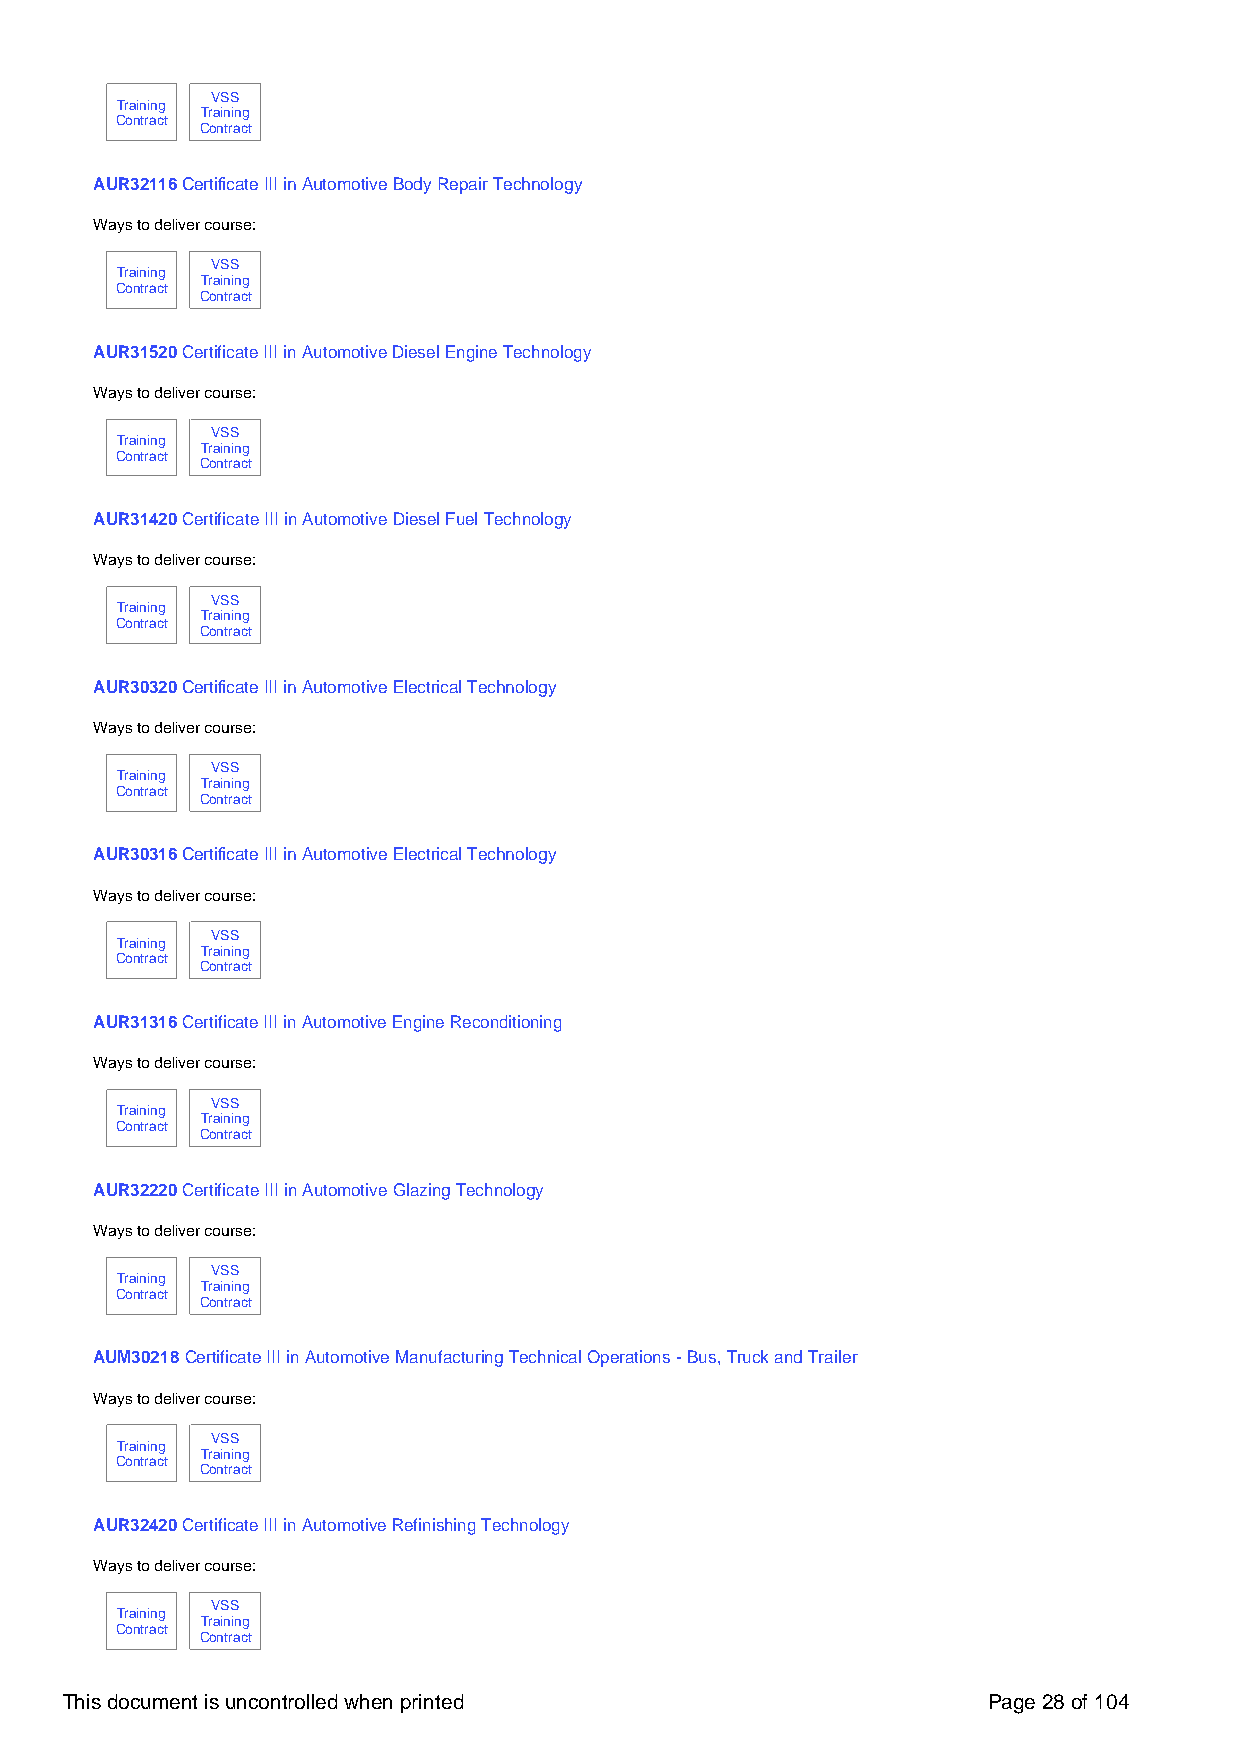
VSS
 Training
 Training
 Contract
 Contract
 AUR32116 Certificate III in Automotive Body Repair Technology
 Ways to deliver course:
 VSS
 Training
 Training
 Contract
 Contract
 AUR31520 Certificate III in Automotive Diesel Engine Technology
 Ways to deliver course:
 VSS
 Training
 Training
 Contract
 Contract
 AUR31420 Certificate III in Automotive Diesel Fuel Technology
 Ways to deliver course:
 VSS
 Training
 Training
 Contract
 Contract
 AUR30320 Certificate III in Automotive Electrical Technology
 Ways to deliver course:
 VSS
 Training
 Training
 Contract
 Contract
 AUR30316 Certificate III in Automotive Electrical Technology
 Ways to deliver course:
 VSS
 Training
 Training
 Contract
 Contract
 AUR31316 Certificate III in Automotive Engine Reconditioning
 Ways to deliver course:
 VSS
 Training
 Training
 Contract
 Contract
 AUR32220 Certificate III in Automotive Glazing Technology
 Ways to deliver course:
 VSS
 Training
 Training
 Contract
 Contract
 AUM30218 Certificate III in Automotive Manufacturing Technical Operations - Bus, Truck and Trailer
 Ways to deliver course:
 VSS
 Training
 Training
 Contract
 Contract
 AUR32420 Certificate III in Automotive Refinishing Technology
 Ways to deliver course:
 VSS
 Training
 Training
 Contract
 Contract
 This document is uncontrolled when printed                   Page 28 of 104